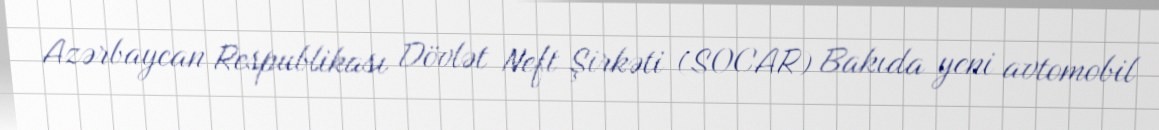
Azərbaycan Respublikası Dövlət Neft Şirkəti (SOCAR) Bakıda yeni avtomobil